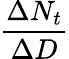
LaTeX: \frac{\Delta N_{t}}{\Delta D}